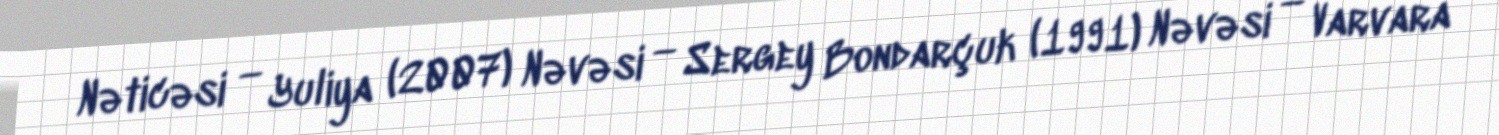
Nəticəsi — Yuliya (2007) Nəvəsi — Sergey Bondarçuk (1991) Nəvəsi — Varvara